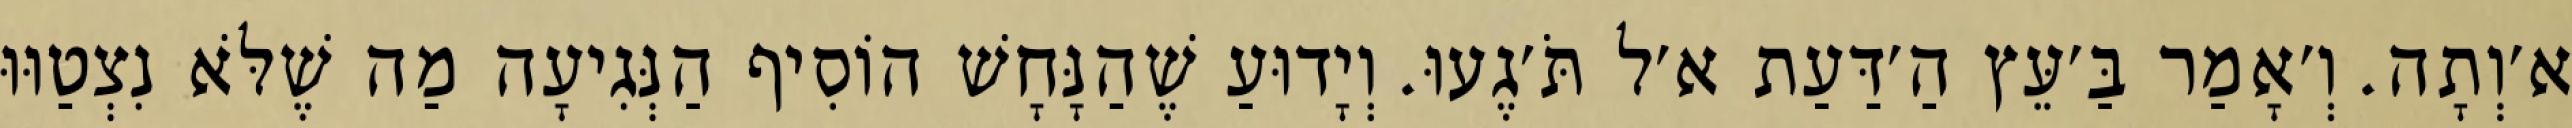
א׳וְתָה. וְ׳אָמַר בַּ׳עֵּץ הַ׳דַּעַת א׳ל תֹּ׳גֶעוּ. וְיָדוּעַ שֶׁהַנָּחָשׁ הוֹסִיף הַנְּגִיעָה מַה שֶׁלֹּא נִצְטַוּוּ